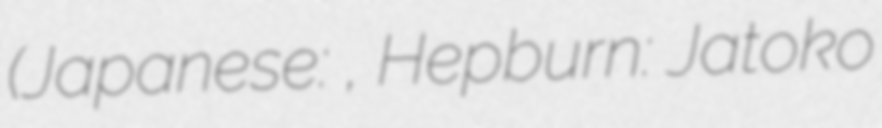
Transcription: (Japanese: ジヤトコ株式会社, Hepburn: Jatoko